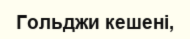
Гольджи кешені,